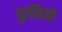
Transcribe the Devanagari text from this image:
फुलियो